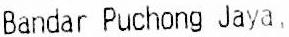
BANDAR PUCHONG JAYA,